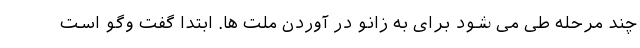
چند مرحله طی می شود برای به زانو در آوردن ملت ها. ابتدا گفت وگو است